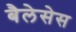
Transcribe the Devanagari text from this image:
बैलेसेस